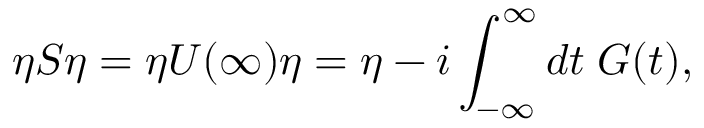
\eta S \eta = \eta U ( \infty ) \eta = \eta - i \int _ { - \infty } ^ { \infty } d t \; G ( t ) ,